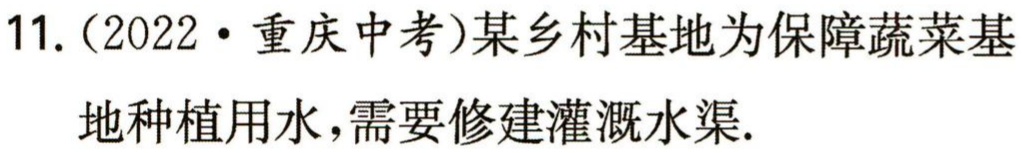
11.（2022·重庆中考）某乡村基地为保障蔬菜基

地种植用水，需要修建灌溉水渠.